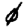
Digit: 0